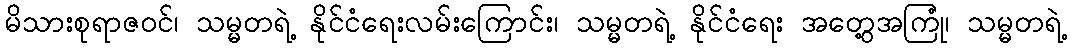
မိသားစုရာဇဝင်၊ သမ္မတရဲ့ နိုင်ငံရေးလမ်းကြောင်း၊ သမ္မတရဲ့ နိုင်ငံရေး အတွေ့အကြုံ၊ သမ္မတရဲ့